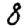
Digit: 8